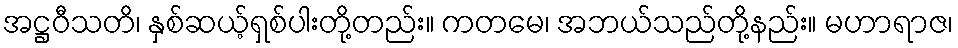
အဋ္ဌဝီသတိ၊ နှစ်ဆယ့်ရှစ်ပါးတို့တည်း။ ကတမေ၊ အဘယ်သည်တို့နည်း။ မဟာရာဇ၊